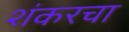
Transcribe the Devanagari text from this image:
शंकरचा